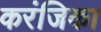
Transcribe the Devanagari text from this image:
करंजिका